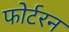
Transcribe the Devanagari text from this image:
फोर्टरन